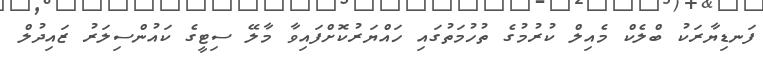
ފަނޑިޔާރަކު ބްލެކް މެއިލް ކުރުމުގެ ތުހުމަތުގައި ހައްޔަރުކޮށްފައިވާ މާލޭ ސިޓީގެ ކައުންސިލަރު ޒައިދުލް